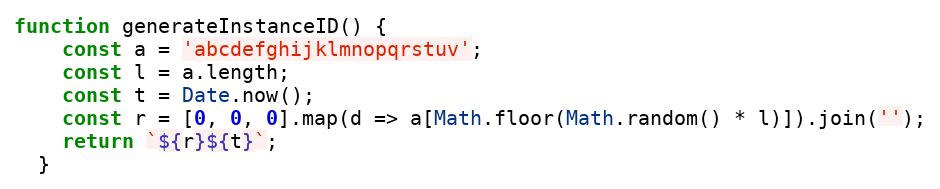
Language: JavaScript
function generateInstanceID() {
    const a = 'abcdefghijklmnopqrstuv';
    const l = a.length;
    const t = Date.now();
    const r = [0, 0, 0].map(d => a[Math.floor(Math.random() * l)]).join('');
    return `${r}${t}`;
  }